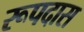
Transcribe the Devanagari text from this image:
रूपदास